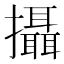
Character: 攝